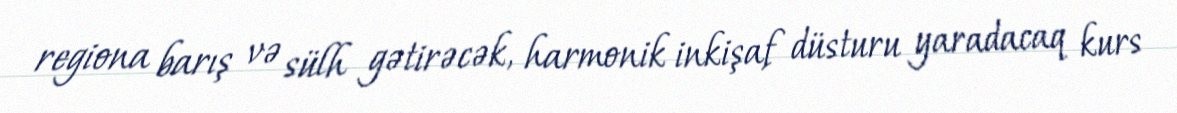
regiona barış və sülh gətirəcək, harmonik inkişaf düsturu yaradacaq kurs